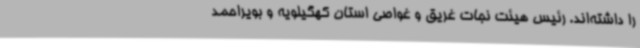
را داشته‌اند. رئیس هیئت نجات غریق و غواصی استان کهگیلویه و بویراحمد